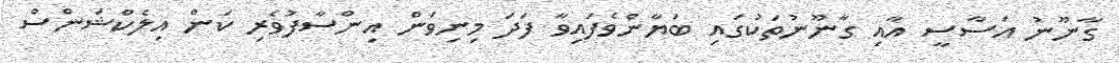
ގާނޫނު އަސާސީ އާއި ގާނޫނުތަކުގައި ބަޔާންވެފައިވާ ފަދަ މިނިވަން އިންސާފުވެރި ކަން އިލެކްޝަންސް